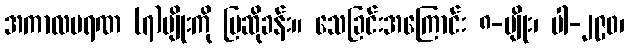
အကာလမရဏ (၇)မျိုးကို ပြဆိုခန်း။ သေခြင်းအကြောင်း ၈-မျိုး၊ ပါ-၂၉၀၊